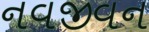
નવજીવન